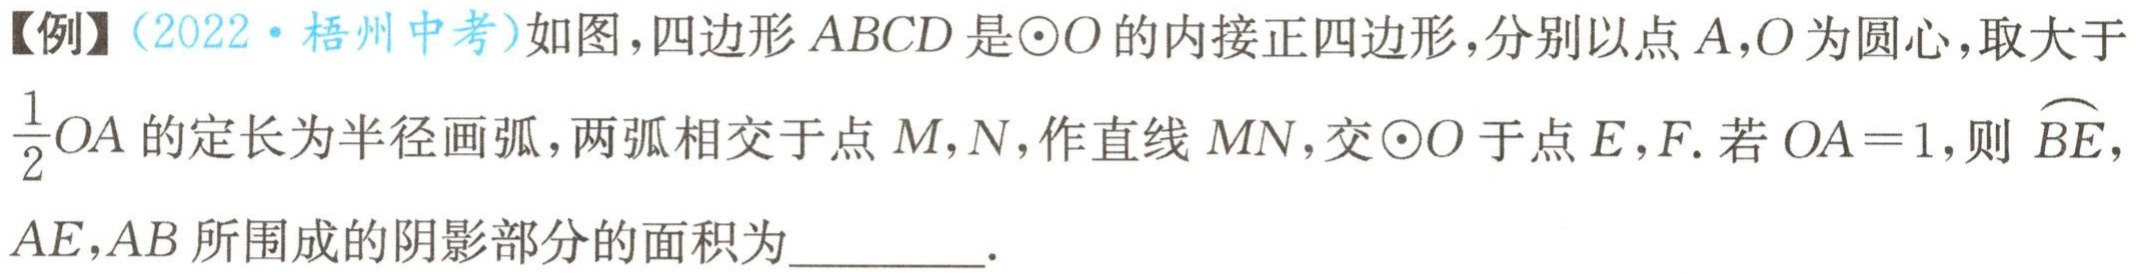
【例】（2022·梧州中考）如图，四边形\(ABCD\)是\(\odot O\)的内接正四边形，分别以点\(A,O\)为圆心，取大于\(\frac{1}{2}OA\)的定长为半径画弧，两弧相交于点\(M,N\)，作直线\(MN\)，交\(\odot O\)于点\(E,F\). 若\(OA = 1\)，则\(\overset{\frown}{BE}\)，\(AE\)，\(AB\)所围成的阴影部分的面积为_________.